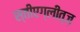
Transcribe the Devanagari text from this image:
स्तीएग्लीत्ज़